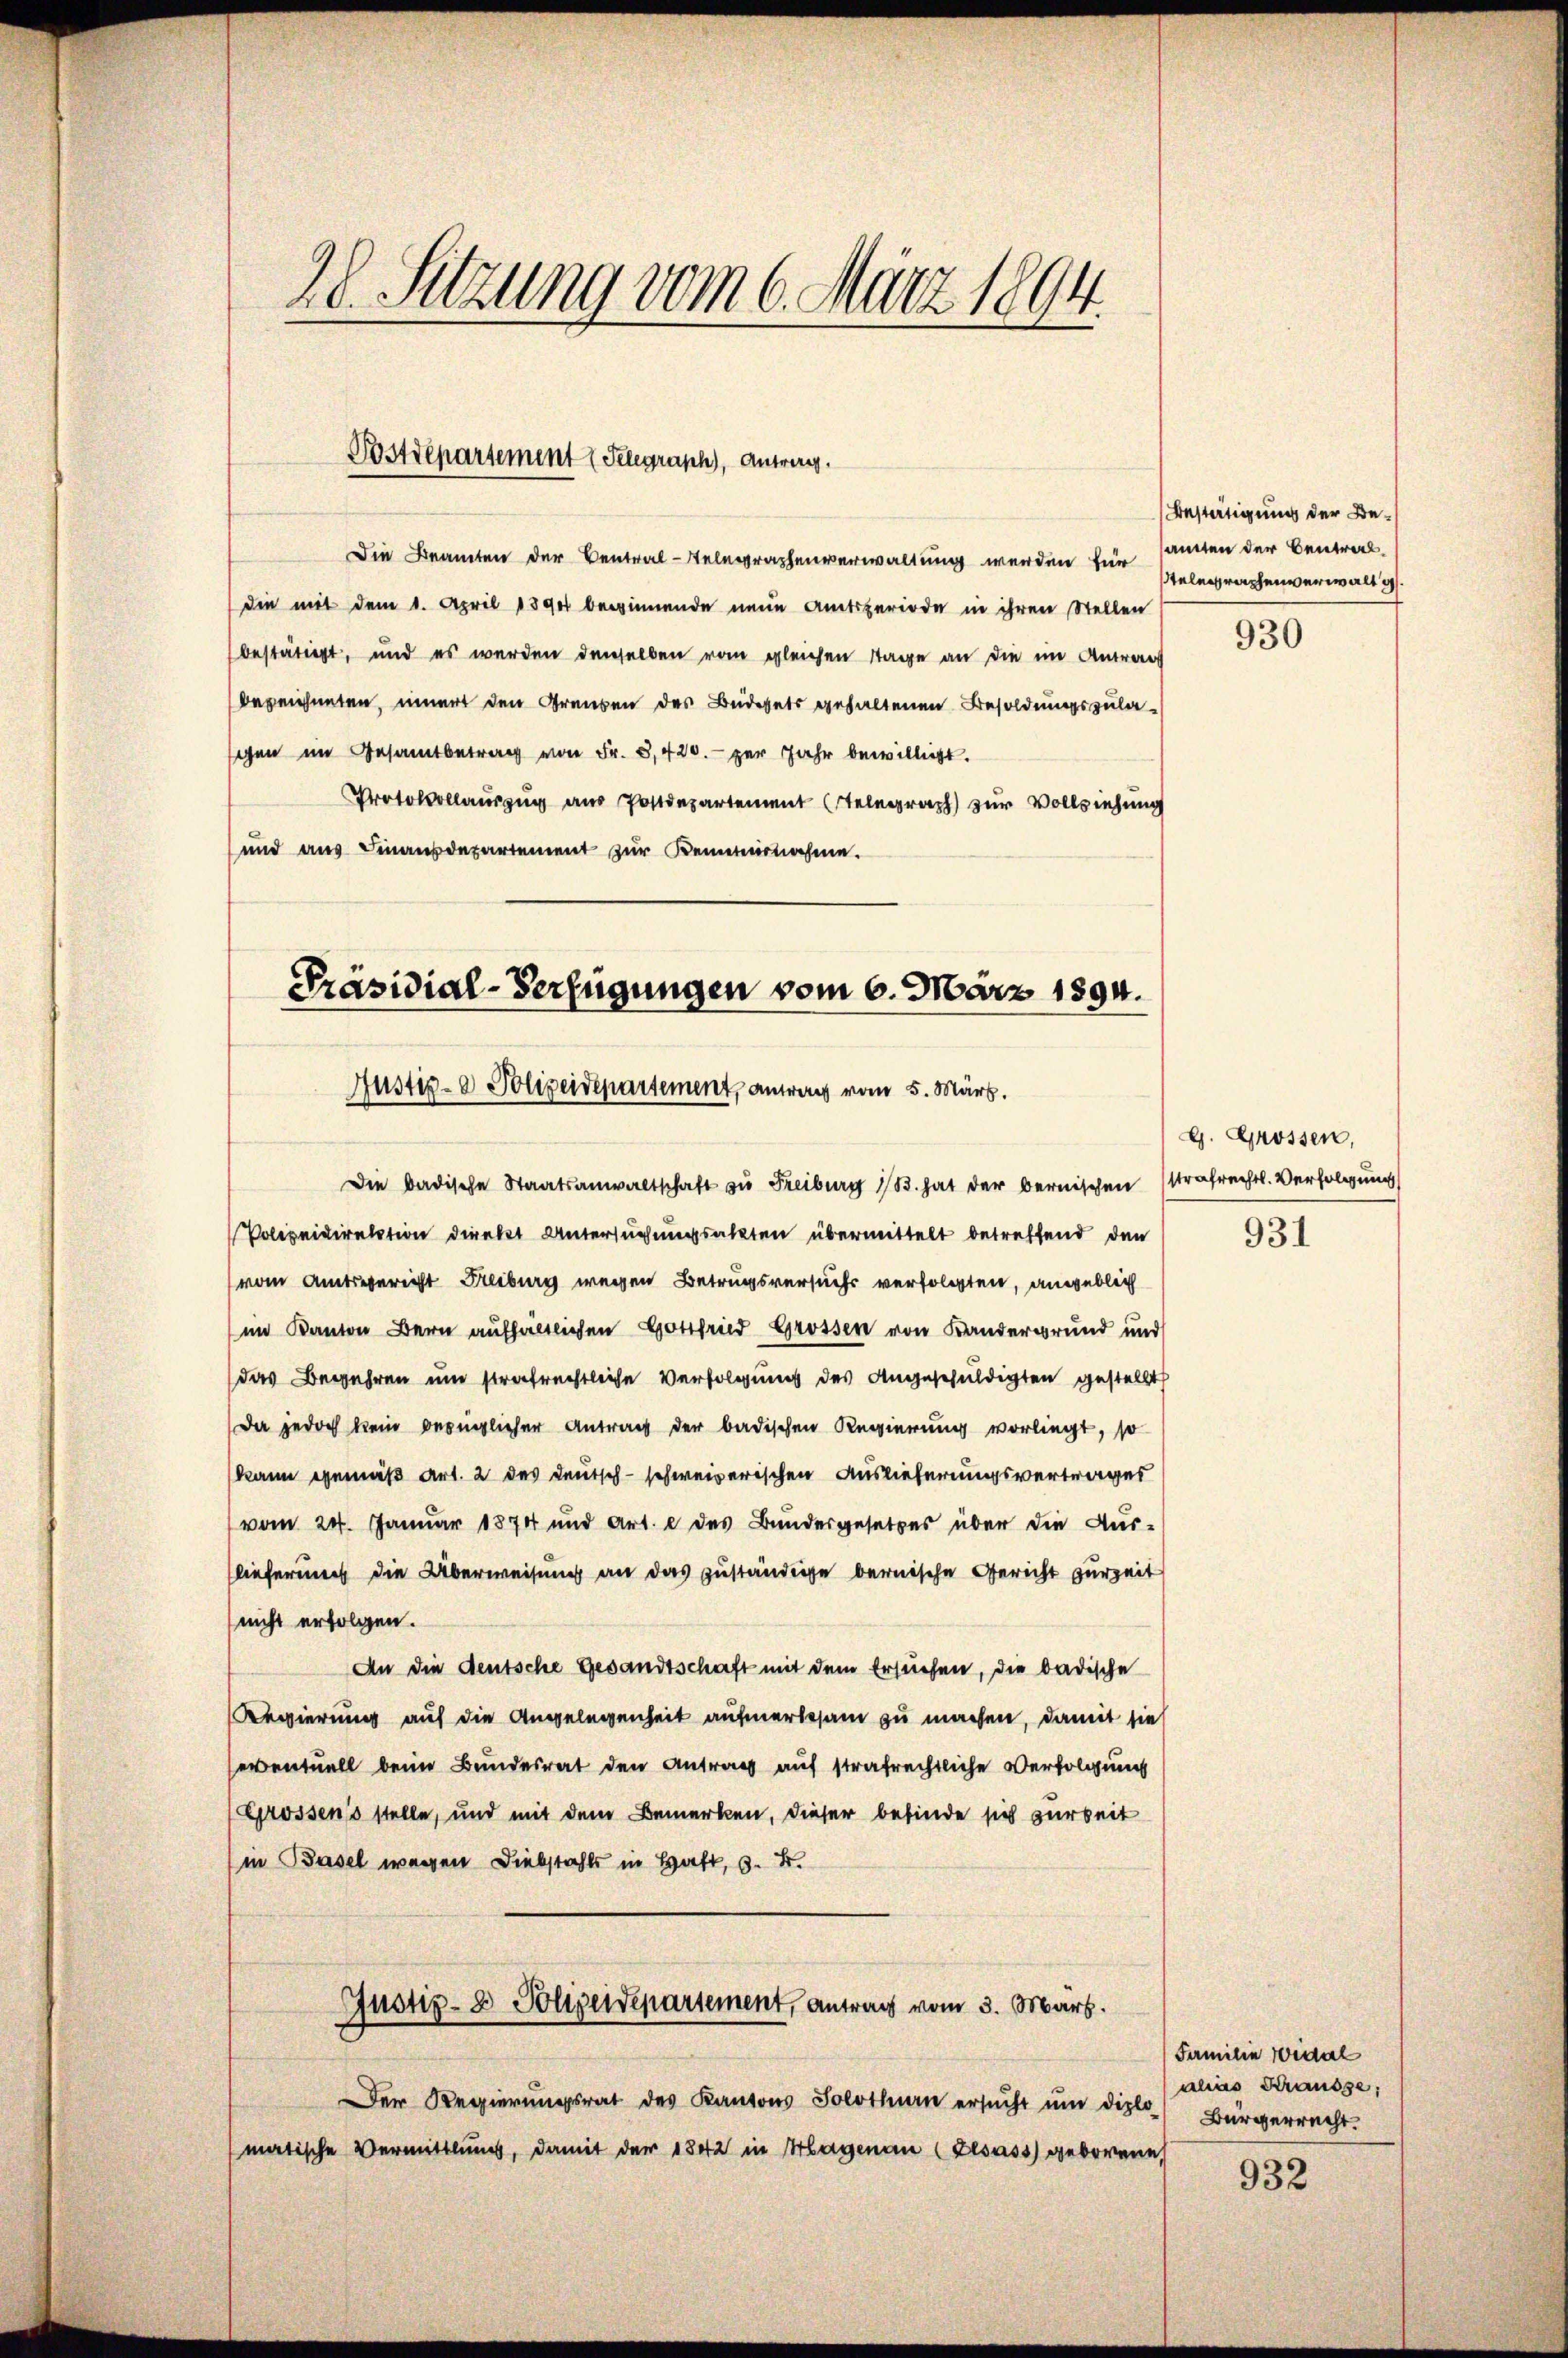
20 Sitzung vom 6. März 1894.

Die Beamten der Central-Telegraphenverwaltung werden für
die mit dem 1. April 1890 beginnende neue Amtsperiode in ihren Stellen
bestätigt, und es werden denselben vom gleichen Tage an die im Antrag
bezeichneten, innert den Grauben des Büdgets gehaltenen Besoldungszulagen im Gesamtbetrag von Fr. 8,420. per Jahr bewilligt.
Protokollauszug aus Postdepartement telegraph zur Vollziehung
und ans Finanzdepartement zŭr Kenntnisnehme.

Postdepartement Telegraph, Antrag.

Präsidial-Verfügungen vom 6. März 1894.
Justiz- & Polizeidepartement, antrag vom 5. März.
Die badische Staatsanwaltschaft zu Freiburg B. hat der bernischen Strafrechtl. Verfolgung

Polizeidirektion direkt Untersuchungsakten übermittelt betreffend den
vom Amtsgericht Freiburg wegen Betrugsversuchs verfolgten, angeblich
im Kanton Bern aufhältlichen Gottfried Grossen von Bandergrund und
das Begehren um strafrechtliche Verfolgung des Angeschuldigten gestellt
Da jedoch kein bezüglicher Antrag der badischen Regierung vorliegt, so
kann gemäß Art. 2 des Deutsch-schweizerischen Auslieferungsvertrages
vom 24. Januar 1874 und Art. e des Bundergesetzes über die Aus-
lieferung die Überweisung an das zuständige bernische Gericht zur Zeit
nicht erfolgen.
An die deutsche Gesandtschaft mit dem Ersuchen, die badische
Regierung auf die Angelegenheit aufmerksam zu machen, damit sie
erventuell beim Bundesrat den Antrag auf strafrechtliche Verfolgung
Grossens stelle, und mit dem Bemerken, dieser befinde sich arbeit
(in Basel wegen Diebstahls in Haft, 3. B.
Justiz- & Polizeidepartement, Antrag vom 3. Mart.
Der Regierungsrat des Kantons Solothurn ersŭcht ŭm diplo
matische Vermittlung, damit der 1842 in Hagenau (Zesass geborene

Bestätigung der Beamten der Centrach.
telegraphenverwalt g

930

g. Grossen,

931

Familie widerl
alias Krausse,
Bürgerrecht.

932